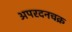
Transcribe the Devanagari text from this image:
अपरदनचक्र